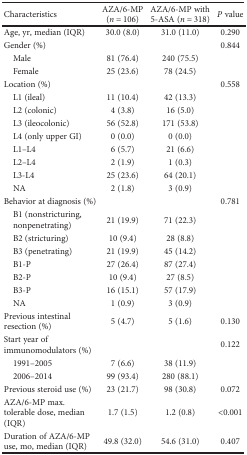
<table><thead><tr><td><b>Characteristics</b></td><td><b>AZA/6-MP(<i>n</i> = 106)</b></td><td><b>AZA/6-MP with 5-ASA (<i>n</i> = 318)</b></td><td><b><i>P</i> value</b></td></tr></thead><tbody><tr><td>Age, yr, median (IQR)</td><td>30.0 (8.0)</td><td>31.0 (11.0)</td><td>0.290</td></tr><tr><td>Gender (%)</td><td></td><td></td><td>0.844</td></tr><tr><td> Male</td><td>81 (76.4)</td><td>240 (75.5)</td><td></td></tr><tr><td> Female</td><td>25 (23.6)</td><td>78 (24.5)</td><td></td></tr><tr><td>Location (%)</td><td></td><td></td><td>0.558</td></tr><tr><td> L1 (ileal)</td><td>11 (10.4)</td><td>42 (13.3)</td><td></td></tr><tr><td> L2 (colonic)</td><td>4 (3.8)</td><td>16 (5.0)</td><td></td></tr><tr><td> L3 (ileocolonic)</td><td>56 (52.8)</td><td>171 (53.8)</td><td></td></tr><tr><td> L4 (only upper GI)</td><td>0 (0.0)</td><td>0 (0.0)</td><td></td></tr><tr><td> L1–L4</td><td>6 (5.7)</td><td>21 (6.6)</td><td></td></tr><tr><td> L2–L4</td><td>2 (1.9)</td><td>1 (0.3)</td><td></td></tr><tr><td> L3-L4</td><td>25 (23.6)</td><td>64 (20.1)</td><td></td></tr><tr><td> NA</td><td>2 (1.8)</td><td>3 (0.9)</td><td></td></tr><tr><td>Behavior at diagnosis (%)</td><td></td><td></td><td>0.781</td></tr><tr><td> B1 (nonstricturing, nonpenetrating)</td><td>21 (19.9)</td><td>71 (22.3)</td><td></td></tr><tr><td> B2 (stricturing)</td><td>10 (9.4)</td><td>28 (8.8)</td><td></td></tr><tr><td> B3 (penetrating)</td><td>21 (19.9)</td><td>45 (14.2)</td><td></td></tr><tr><td> B1-P</td><td>27 (26.4)</td><td>87 (27.4)</td><td></td></tr><tr><td> B2-P</td><td>10 (9.4)</td><td>27 (8.5)</td><td></td></tr><tr><td> B3-P</td><td>16 (15.1)</td><td>57 (17.9)</td><td></td></tr><tr><td> NA</td><td>1 (0.9)</td><td>3 (0.9)</td><td></td></tr><tr><td>Previous intestinal resection (%)</td><td>5 (4.7)</td><td>5 (1.6)</td><td>0.130</td></tr><tr><td>Start year of immunomodulators (%)</td><td></td><td></td><td>0.122</td></tr><tr><td> 1991–2005</td><td>7 (6.6)</td><td>38 (11.9)</td><td></td></tr><tr><td> 2006–2014</td><td>99 (93.4)</td><td>280 (88.1)</td><td></td></tr><tr><td>Previous steroid use (%)</td><td>23 (21.7)</td><td>98 (30.8)</td><td>0.072</td></tr><tr><td>AZA/6-MP max. tolerable dose, median (IQR)</td><td>1.7 (1.5)</td><td>1.2 (0.8)</td><td>&lt;0.001</td></tr><tr><td>Duration of AZA/6-MP use, mo, median (IQR)</td><td>49.8 (32.0)</td><td>54.6 (31.0)</td><td>0.407</td></tr></tbody></table>